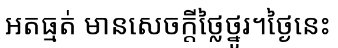
អតធ្មត់ មានសេចក្តីថ្លៃថ្នូរ។ថ្ងៃនេះ